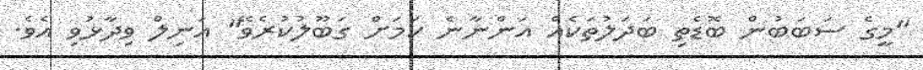
"މީގެ ސަބަބުން ބޮޑެތި ބަދަލުތަކެއް އަންނާނެ ކަމަށް ގަބޫލުކުރެވޭ" އަނިލް ވިދާޅުވި އެވެ.